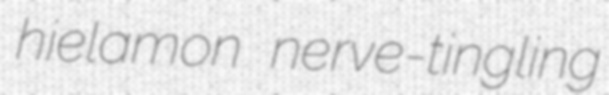
hielamon nerve-tingling